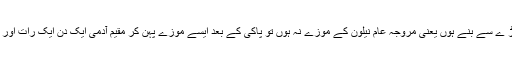
اور اگر موزے پہنے ہوں اور وہ موزے چمڑ ے سے بنے ہوں یعنی مروجہ عام نیلون کے موزے نہ ہوں تو پاکی کے بعد ایسے موزے پہن کر مقیم آدمی ایک دن ایک رات اور مسافر تین دن تین رات تک مسح کرسکتاہے۔